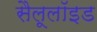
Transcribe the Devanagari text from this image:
सैलूलॉइड